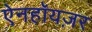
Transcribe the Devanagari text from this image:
ऐनहॉयज़र